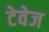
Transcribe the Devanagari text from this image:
टेवेज